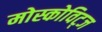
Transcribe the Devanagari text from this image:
मोस्कोविट्ज